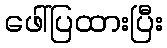
ဖေါ်ပြထားပြီး